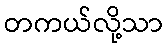
တကယ်လို့သာ